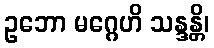
ဥဘော မဂ္ဂေဟိ သန္ဒန္တိ၊